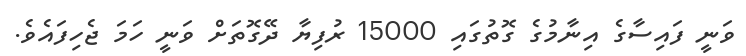
ވަނީ ފައިސާގެ އިނާމުގެ ގޮތުގައި 15000 ރުފިޔާ ދޭގޮތަށް ވަނީ ހަމަ ޖެހިފައެވެ.